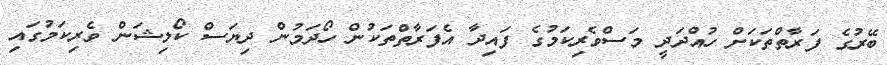
ބޭރުގެ ފަރާތްތަކަށް ހުއްދަދީ މަސްވެރިކަމުގެ ފައިދާ އެފަރާތްތަކުން ހޯދަމުން ދިޔަސް ކޯލިޝަން ވެރިކަމުގައި